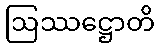
ဩဿဋ္ဌောတိ